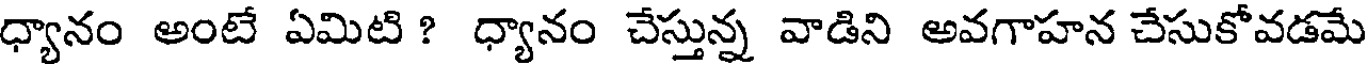
ధ్యానం అంటే ఏమిటి ? ధ్యానం చేస్తున్న వాడిని అవగాహన చేసుకోవడమే